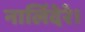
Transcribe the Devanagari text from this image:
नार्लिदेरे।